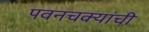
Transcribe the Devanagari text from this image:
पवनचक्यांची